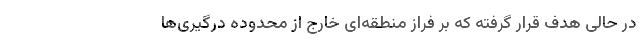
در حالی هدف قرار گرفته که بر فراز منطقه‌ای خارج از محدوده درگیری‌ها